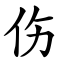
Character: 伤